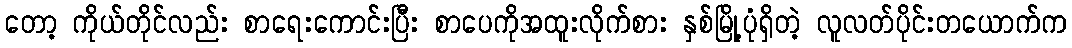
တော့ ကိုယ်တိုင်လည်း စာရေးကောင်းပြီး စာပေကိုအထူးလိုက်စား နှစ်မြို့ပုံရှိတဲ့ လူလတ်ပိုင်းတယောက်က